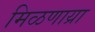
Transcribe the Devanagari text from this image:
मिळणाय्रा